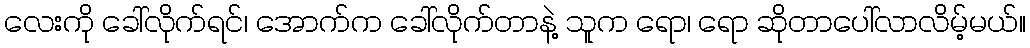
လေးကို ခေါ်လိုက်ရင်၊ အောက်က ခေါ်လိုက်တာနဲ့ သူက ရော၊ ရော ဆိုတာပေါ်လာလိမ့်မယ်။